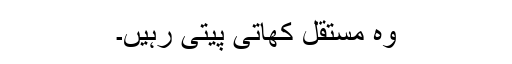
وہ مستقل کھاتی پیتی رہیں۔